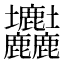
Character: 𡔚